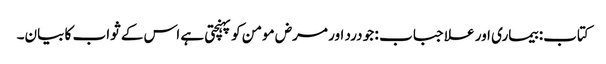
کتاب: بیماری اور علاجباب : جو درد اور مرض مومن کو پہنچتی ہے اس کے ثواب کا بیان۔